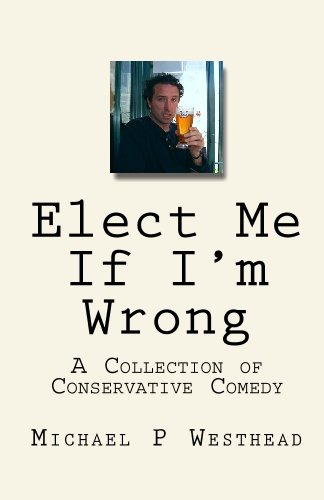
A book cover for Elect Me If I'm Wrong: A Collection of Conservative Comedy; Michael P Westhead; Humor & Entertainment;